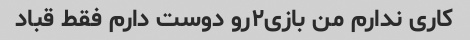
کاری ندارم من بازی۲رو دوست دارم فقط قباد